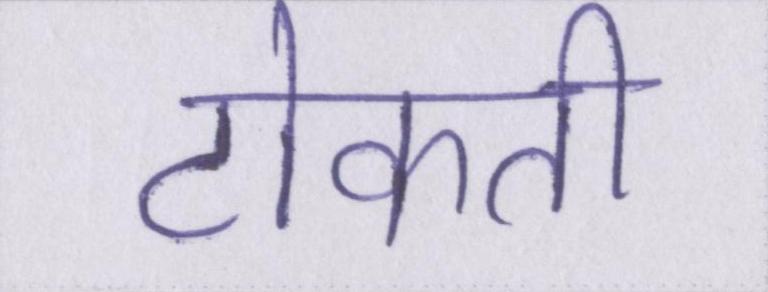
टोकती